Leaving Certificate Examination, 1913
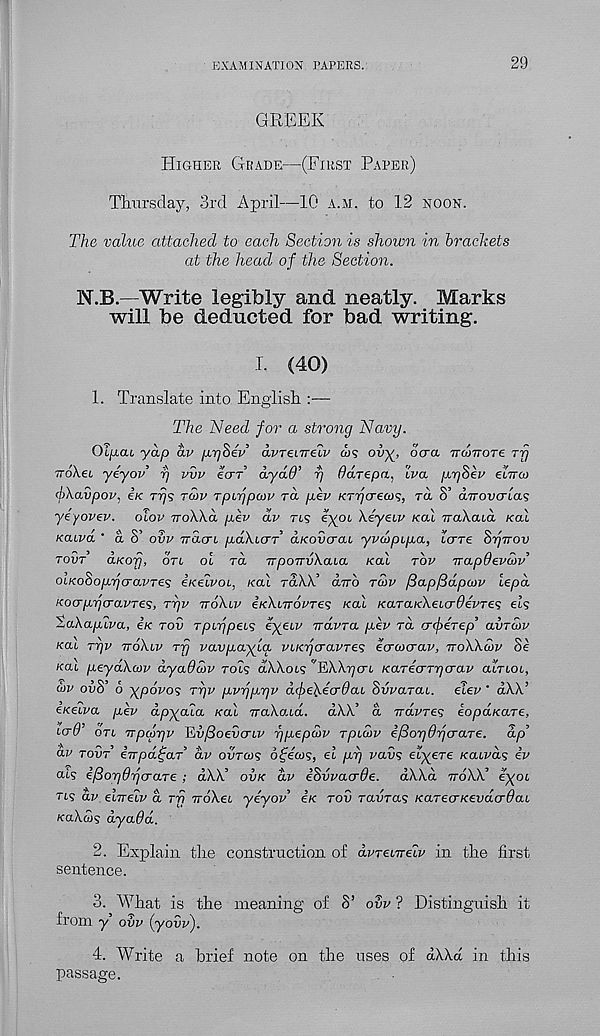
EXAMINATION PAPERS.
29
GREEK
Higher Grade—(First Paper)
Thursday, 3rd April—10 a.m. to 12 noon.
The value attached to each Section is shown in brackets
at the head of the Section.
N.B.—Write legibly and neatly. Marks
will be deducted for bad writing.
I. (40)
1. Translate into English :—
The Need for a strong Navy.
OljAcu yap ay pySep’ dvreiTrelv w?
°< Ta v’dnoTe rij
noXei yeyov rj vvv ecrr dyad’ r] Odrepa, Iva pySev etTnw
fXavpov, £k Tys row Tpirjpon’ ra pev KTycreois, rd S’ aTrovcrias
yeyovev. olov ttoWcl pev dv tls eyot \iyeiv Kal TraXord /cal
Katva ' a o’ ovv irdcrL paXiar d/coScrat yvcopipa, lave SrjTrov
tout’ aKofj, otl ol rd irporruXaia Kal rbv irapdevcov
oLKoSopyo-avres e/cetvot, /cat raXX’ 0,770 tcov /3apf3dpa>v iepd
Kocrprjcro.vTes, ryv ttoKlv eKXnrovTes Kal /cara/cXetcr^eWes eK
AaAafuva, e/c rov Tpir)peL<z eyeiv iravTCL p^ev ra rrcperep avraiv
/cat Tyv ttoXlv rf] vavpayla VLKtjcravTes ecranrav, ttoWcov Se
Kal peyaKcov dyaddv rots dXXot? '’EXX^crt Kareo-Tycrav atrtot,
a>v ovS’ 6 ypovos Tyv pvrjp.rjv dfeXdcrdaL Swarai. elev ' dXX’
EKeiva pev dpyala Kal vaXaid. dXX’ a TrdvTes eopaKare,
i<T0’ qtl Trpcorjv Ed/3oei)crtf ypepwv rpidv ef3or)6rj<TaTe. dp’
dv tovt inpa^aT dv ovrais o^ecos, et pi] vavs etyere /catT’d? iv
ats ifdorjdrjcraTe ; dXX’ ovk dv iSvvacrde. dXXd ttoXX’ eyot
rts dv eIttelv a tv vroXet yeyov e/c tov ravras /carecr/ceudcr^at
/caXw? dyaOd.
2. Explain tlie constrnction of dvrenreiv in the first
sentence.
3. AXTiat is the meaning of S’ ovv ? Distinguish it
from y ovv (yovv).
4. Write a brief note on the uses of dXXd in this
passage.